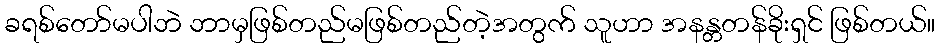
ခရစ်တော်မပါဘဲ ဘာမှဖြစ်တည်မဖြစ်တည်တဲ့အတွက် သူဟာ အနန္တတန်ခိုးရှင် ဖြစ်တယ်။